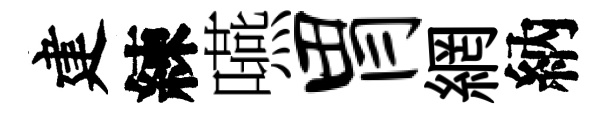
建練嚥胃網納